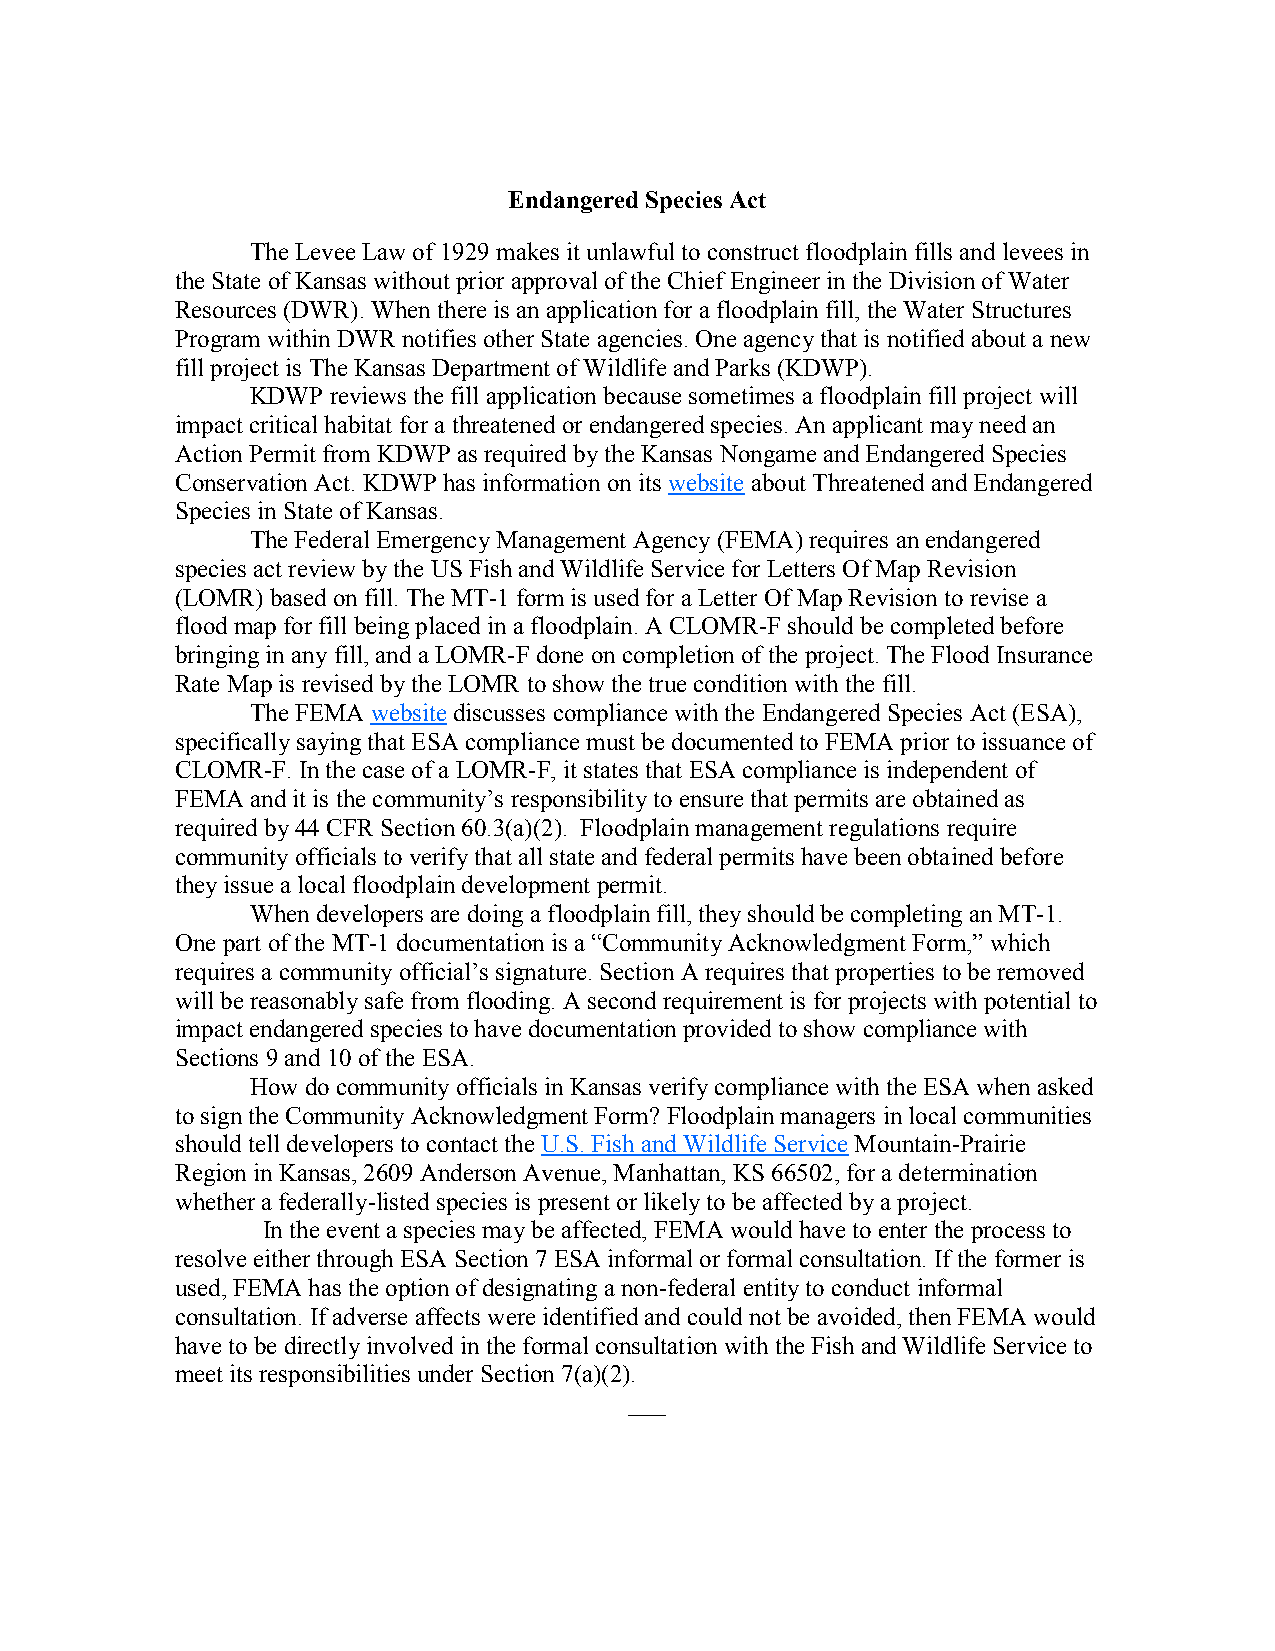
Endangered Species Act
 The Levee Law of 1929 makes it unlawful to construct floodplain fills and levees in
 the State of Kansas without prior approval of the Chief Engineer in the Division of Water
 Resources (DWR). When there is an application for a floodplain fill, the Water Structures
 Program within DWR notifies other State agencies. One agency that is notified about a new
 fill project is The Kansas Department of Wildlife and Parks (KDWP).
 KDWP reviews the fill application because sometimes a floodplain fill project will
 impact critical habitat for a threatened or endangered species. An applicant may need an
 Action Permit from KDWP as required by the Kansas Nongame and Endangered Species
 Conservation Act. KDWP has information on its website about Threatened and Endangered
 Species in State of Kansas.
 The Federal Emergency Management Agency (FEMA) requires an endangered
 species act review by the US Fish and Wildlife Service for Letters Of Map Revision
 (LOMR) based on fill. The MT-1 form is used for a Letter Of Map Revision to revise a
 flood map for fill being placed in a floodplain. A CLOMR-F should be completed before
 bringing in any fill, and a LOMR-F done on completion of the project. The Flood Insurance
 Rate Map is revised by the LOMR to show the true condition with the fill.
 The FEMA website discusses compliance with the Endangered Species Act (ESA),
 specifically saying that ESA compliance must be documented to FEMA prior to issuance of
 CLOMR-F. In the case of a LOMR-F, it states that ESA compliance is independent of
 FEMA and it is the community’s responsibility to ensure that permits are obtained as
 required by 44 CFR Section 60.3(a)(2). Floodplain management regulations require
 community officials to verify that all state and federal permits have been obtained before
 they issue a local floodplain development permit.
 When developers are doing a floodplain fill, they should be completing an MT-1.
 One part of the MT-1 documentation is a “Community Acknowledgment Form,” which
 requires a community official’s signature. Section A requires that properties to be removed
 will be reasonably safe from flooding. A second requirement is for projects with potential to
 impact endangered species to have documentation provided to show compliance with
 Sections 9 and 10 of the ESA.
 How do community officials in Kansas verify compliance with the ESA when asked
 to sign the Community Acknowledgment Form? Floodplain managers in local communities
 should tell developers to contact the U.S. Fish and Wildlife Service Mountain-Prairie
 Region in Kansas, 2609 Anderson Avenue, Manhattan, KS 66502, for a determination
 whether a federally-listed species is present or likely to be affected by a project.
 In the event a species may be affected, FEMA would have to enter the process to
 resolve either through ESA Section 7 ESA informal or formal consultation. If the former is
 used, FEMA has the option of designating a non-federal entity to conduct informal
 consultation. If adverse affects were identified and could not be avoided, then FEMA would
 have to be directly involved in the formal consultation with the Fish and Wildlife Service to
 meet its responsibilities under Section 7(a)(2).
 ___